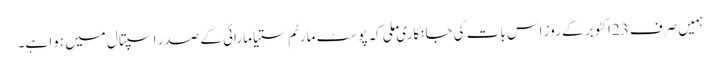
ہمیں صرف 23اکٹوبر کے روز اس بات کی جانکاری ملی کہ پوسٹ مارٹم ستیا مارائی کے صدر اسپتال میں ہوا ہے۔